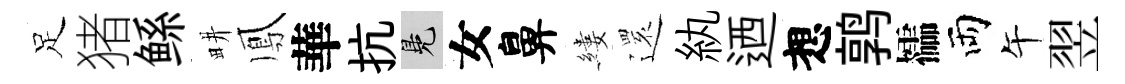
足猪鲧畊鳳華抗鳬女鼻縷𮟃紈迺想鹑櫺両午翌